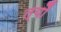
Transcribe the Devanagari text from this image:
त्यौं